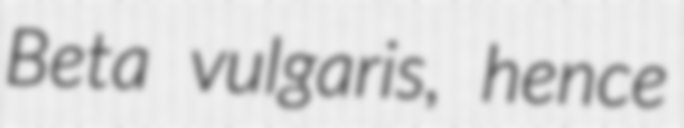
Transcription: Beta vulgaris, hence